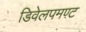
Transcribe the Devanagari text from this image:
डिवेलपमण्ट